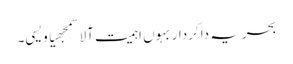
بحریہ دا کردار بہوں اہمیت آلا سمجھیا ویسی۔